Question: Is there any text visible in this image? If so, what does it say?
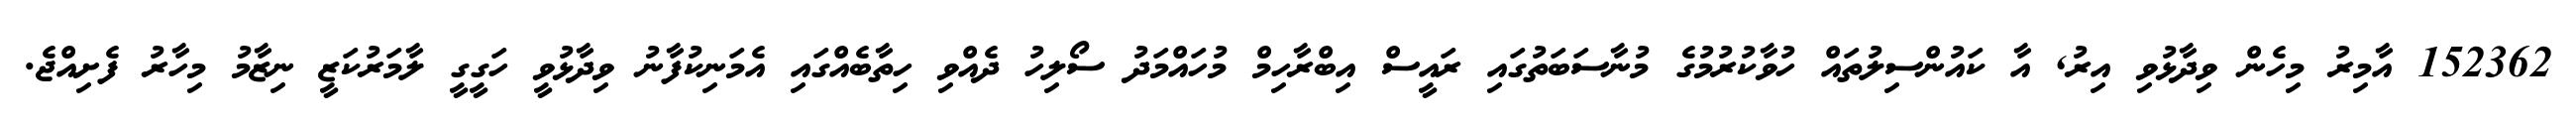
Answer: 152362 އާމިރު މިހެން ވިދާޅުވި އިރު, އާ ކައުންސިލުތައް ހުވާކުރުމުގެ މުނާސަބަތުގައި ރައީސް އިބްރާހިމް މުހައްމަދު ސޯލިހު ދެއްވި ހިތާބެއްގައި އެމަނިކުފާނު ވިދާޅުވީ ހަގީގީ ލާމަރުކަޒީ ނިޒާމު މިހާރު ފެށިއްޖެ.